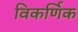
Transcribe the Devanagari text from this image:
विकर्णिक